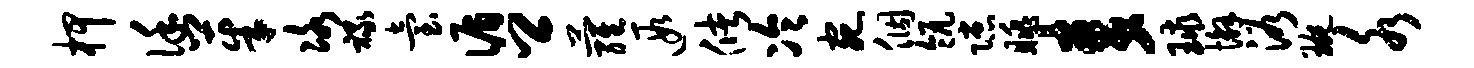
柙谨茱冰禄台循卿萝遐储冷宛个瓴隙眺麦球懈浴琬水